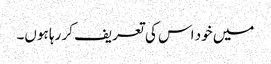
میں خود اس کی تعریف کر رہا ہوں۔